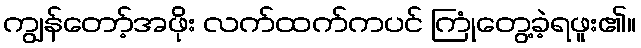
ကျွန်တော့်အဖိုး လက်ထက်ကပင် ကြုံတွေ့ခဲ့ရဖူး၏။